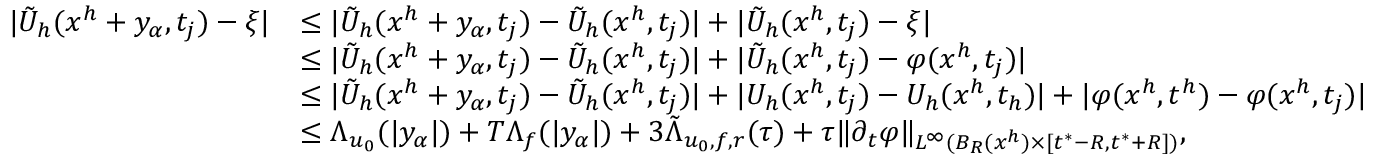
\begin{array} { r l } { | \tilde { U } _ { h } ( x ^ { h } + y _ { \alpha } , t _ { j } ) - \xi | } & { \leq | \tilde { U } _ { h } ( x ^ { h } + y _ { \alpha } , t _ { j } ) - \tilde { U } _ { h } ( x ^ { h } , t _ { j } ) | + | \tilde { U } _ { h } ( x ^ { h } , t _ { j } ) - \xi | } \\ & { \leq | \tilde { U } _ { h } ( x ^ { h } + y _ { \alpha } , t _ { j } ) - \tilde { U } _ { h } ( x ^ { h } , t _ { j } ) | + | \tilde { U } _ { h } ( x ^ { h } , t _ { j } ) - \varphi ( x ^ { h } , t _ { j } ) | } \\ & { \leq | \tilde { U } _ { h } ( x ^ { h } + y _ { \alpha } , t _ { j } ) - \tilde { U } _ { h } ( x ^ { h } , t _ { j } ) | + | U _ { h } ( x ^ { h } , t _ { j } ) - U _ { h } ( x ^ { h } , t _ { h } ) | + | \varphi ( x ^ { h } , t ^ { h } ) - \varphi ( x ^ { h } , t _ { j } ) | } \\ & { \leq \Lambda _ { u _ { 0 } } ( | y _ { \alpha } | ) + T \Lambda _ { f } ( | y _ { \alpha } | ) + 3 \tilde { \Lambda } _ { u _ { 0 } , f , r } ( \tau ) + \tau \| \partial _ { t } \varphi \| _ { L ^ { \infty } ( B _ { R } ( x ^ { h } ) \times [ t ^ { * } - R , t ^ { * } + R ] ) } , } \end{array}